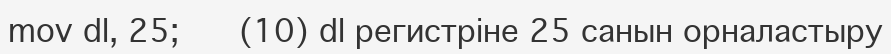
mov dl, 25;      (10) dl регистріне 25 санын орналастыру